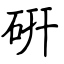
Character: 硏